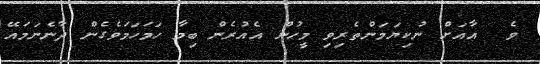
ވެ  އާއަށް ނުކިޔަމަންތެރިވި މީހުން އެއުރެން ބިމާ ހަމަހަމަވެގެން ދާނެނަމައޭ